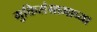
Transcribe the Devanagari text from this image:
मुक्तिसंग्रामाच्या